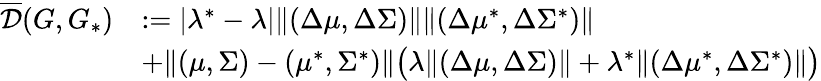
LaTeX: \begin{array}{rl}{\overline{{\mathcal{D}}}(G,G_{*})}&{:=|\lambda^{*}-\lambda|\| (\Delta\mu,\Delta\Sigma)\| \| (\Delta\mu^{*},\Delta\Sigma^{*})\| }\\ &{+\| (\mu,\Sigma)-(\mu^{*},\Sigma^{*})\| \big(\lambda\| (\Delta\mu,\Delta\Sigma)\| +\lambda^{*}\| (\Delta\mu^{*},\Delta\Sigma^{*})\| \big)}\end{array}